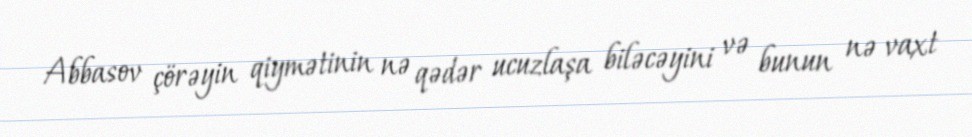
Abbasov çörəyin qiymətinin nə qədər ucuzlaşa biləcəyini və bunun nə vaxt